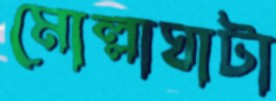
মোল্লাঘাটা